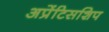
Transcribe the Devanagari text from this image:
अप्रेंटिसशिप